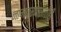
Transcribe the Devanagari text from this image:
नामकरणासाठीही